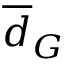
\overline { { d } } _ { G }